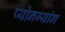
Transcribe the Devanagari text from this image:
प्योनग्यांग